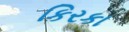
કિરકા